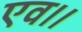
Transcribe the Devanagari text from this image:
एव।।